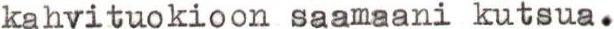
kahvituokioon saamaani kutsua.